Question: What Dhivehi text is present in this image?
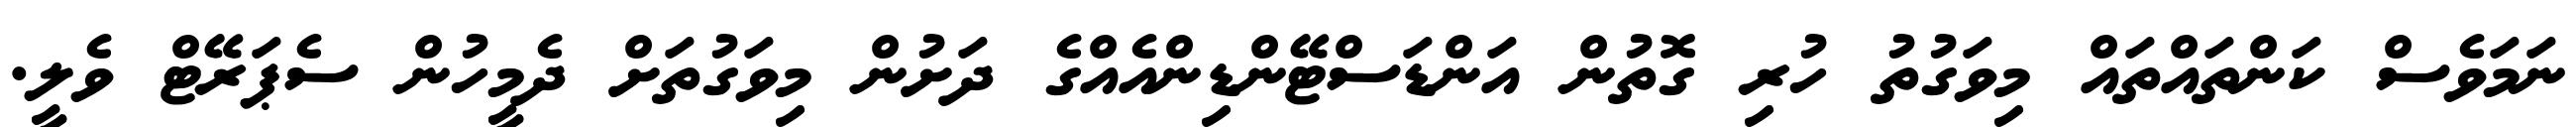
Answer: ނަމަވެސް ކަންތައްތައް މިވަގުތު ހުރި ގޮތުން އަންޑަސްޓޭންޑިންއެއްގެ ދަށުން މިވަގުތަށް ދެމީހުން ސެޕަރޭޓް ވެލީ.